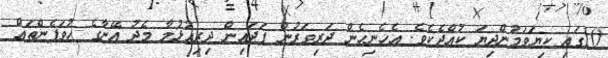
10ގައި ކިޔަވަމުންދިޔަ ކުއްޖެކެވެ. އެހެނިހެން ދަރިވަރުން ފަދައިން ދިރިއުޅުމާ މެދު އޭނާގެ ހުވަފެންތައް